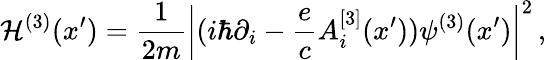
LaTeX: {\cal H}^{(3)}(x{'})={\frac{1}{2m}}\left|(i\hbar\partial_{i}-{\frac{e}{c}}A_{i}^{[3]}(x{'}))\psi^{(3)}(x{'})\right|^{2}\, ,